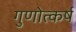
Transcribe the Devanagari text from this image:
गुणोत्कर्ष